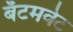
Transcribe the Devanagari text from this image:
बँटमवेट